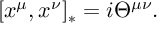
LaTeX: \lbrack x ^ { \mu } , x ^ { \nu } ] _ { * } = i \Theta ^ { \mu \nu } .